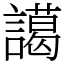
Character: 譪